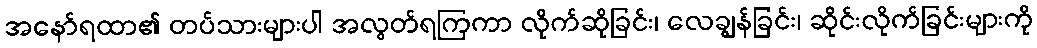
အနော်ရထာ၏ တပ်သားများပါ အလွတ်ရကြကာ လိုက်ဆိုခြင်း၊ လေချွန်ခြင်း၊ ဆိုင်းလိုက်ခြင်းများကို